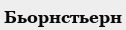
Бьорнстьерн